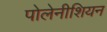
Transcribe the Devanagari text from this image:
पोलेनीशियन